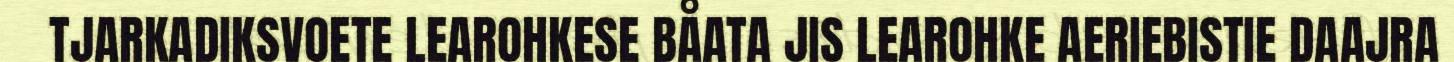
TJARKADIKSVOETE LEAROHKESE BÅATA JIS LEAROHKE AERIEBISTIE DAAJRA